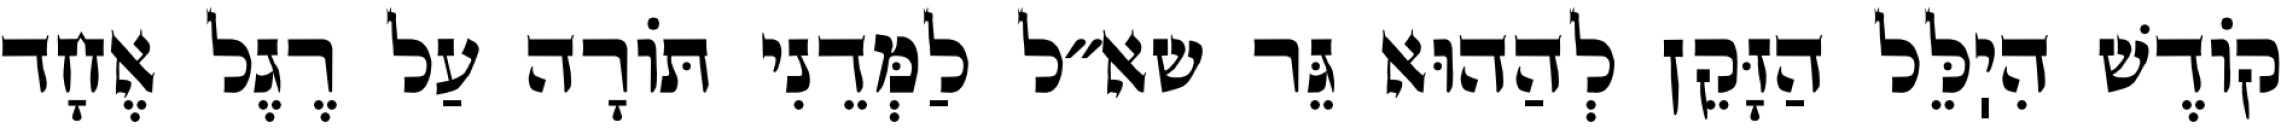
קוֹדֶשׁ הִיֽלֵּל הַזָּקֵן לְהַהוּא גֵּר שא״ל לַמְּדֵנִי תּוֹרָה עַל רֶגֶל אֶחָד